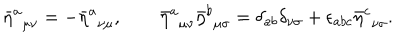
{ \bar { \eta } ^ { a } } _ { \mu \nu } = - { \bar { \eta } ^ { a } } _ { \nu \mu } , \qquad { \bar { \eta } ^ { a } } _ { \mu \nu } { \bar { \eta } ^ { b } } _ { \mu \sigma } = { \delta } _ { a b } { \delta } _ { \nu \sigma } + { \epsilon } _ { a b c } { \bar { \eta } ^ { c } } _ { \nu \sigma } .